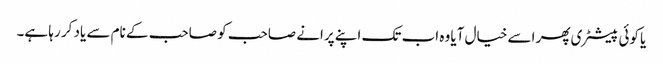
یا کوئی پیسٹری پھر اسے خیال آیا وہ اب تک اپنے پرانے صاحب کو صاحب کے نام سے یاد کر رہا ہے۔